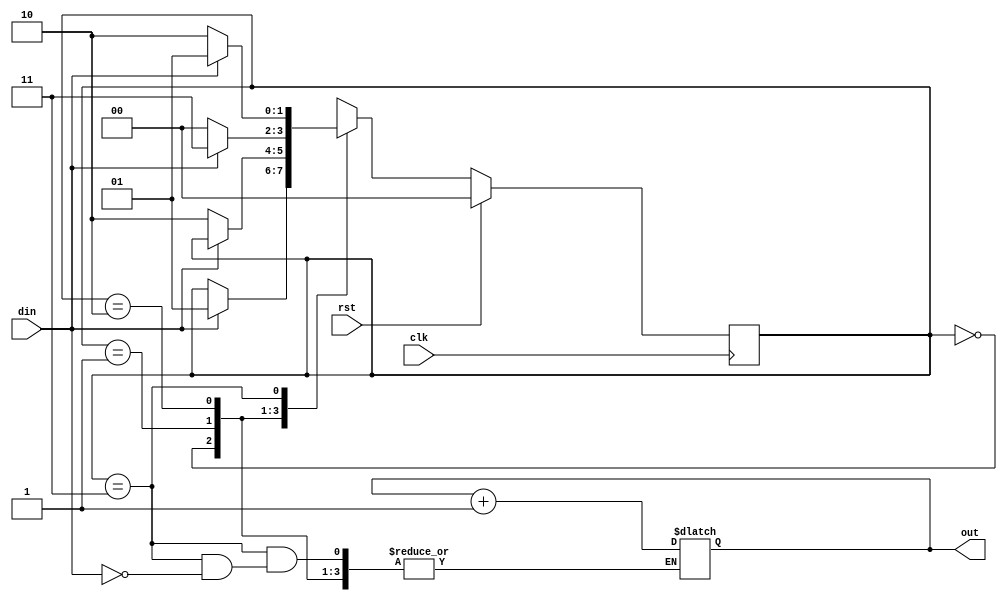
module seqdetect #(
    parameter   SEQ  = 4'b1011,
                S_WIDTH = 2,
                MEM = 5,
                S0  = 2'b00,
                S1  = 2'b01,
                S2  = 2'b10,
                S3  = 2'b11
) (
    input   clk,rst,din,
    output  [4:0] out
);
reg [S_WIDTH-1 : 0] nextS,currentS;
reg [MEM - 1 :0] count = 0;

always @(din or currentS) begin
    case (currentS)
        S0:
            if(din == 1)
                nextS = S1;
            else if (din == 0)
                nextS = currentS;
            else
                nextS = currentS;
        S1:
            if(din == 1)
                nextS = currentS;
            else if (din == 0)
                nextS = S2;
            else
                nextS = currentS;
        S2:
            if(din == 1)
                nextS = S3;
            else if (din == 0)
                nextS = S0;
            else
                nextS = currentS;
        S3:
            if(din == 1) begin
                nextS = S1;
                count = count + 1; // seq detected, add 1
            end
            else if (din == 0)
                nextS = S2;
            else
                nextS = currentS;
        default:
            nextS = currentS;
    endcase
end

always @(posedge clk) begin
    if(rst) // rst set to high, goto S0
        currentS = S0;
    else
        currentS = nextS;    
end

assign out = count;

endmodule  //seqdetect